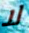
لا